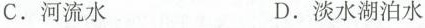
C. 河流水 D. 淡水湖泊水